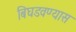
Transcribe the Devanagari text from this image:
बिघडवण्यास